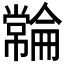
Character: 𫷓